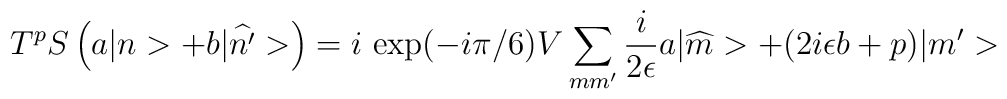
T^{p}S\left(a|n>+b|\widehat{n'}>\right)=i\ \mbox{exp}(-i\pi/6)V\sum_{mm'}\frac{i}{2\epsilon}a |\widehat{m}>+(2i\epsilon b+p) |m'>